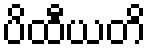
ပိထီယတိ